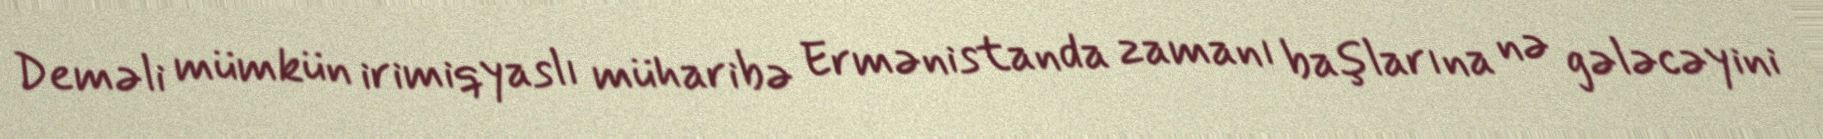
Deməli mümkün irimiqyaslı müharibə Ermənistanda zamanı başlarına nə gələcəyini